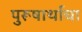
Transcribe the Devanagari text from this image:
पुरूषार्थाचा